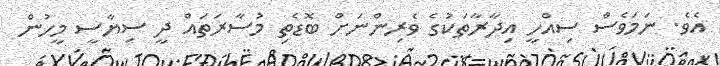
އެވެ. ނަމަވެސް ސިއްހީ އިދާރާތަކުގެ ވެރިންނަށް ބޮޑެތި މުސާރަތައް ދީ ސިޔާސީ މީހުން